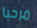
مرحبا